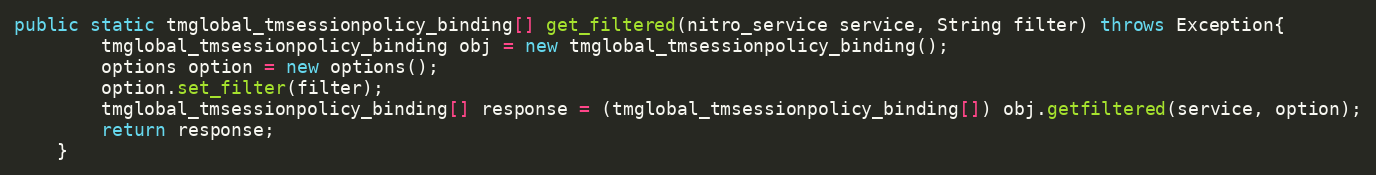
Language: Java
public static tmglobal_tmsessionpolicy_binding[] get_filtered(nitro_service service, String filter) throws Exception{
		tmglobal_tmsessionpolicy_binding obj = new tmglobal_tmsessionpolicy_binding();
		options option = new options();
		option.set_filter(filter);
		tmglobal_tmsessionpolicy_binding[] response = (tmglobal_tmsessionpolicy_binding[]) obj.getfiltered(service, option);
		return response;
	}